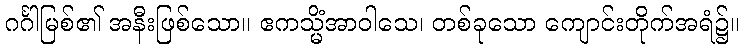
ဂင်္ဂါမြစ်၏ အနီးဖြစ်သော။ ဧကသ္မိံအာဝါသေ၊ တစ်ခုသော ကျောင်းတိုက်အရံ၌။